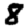
Digit: 8